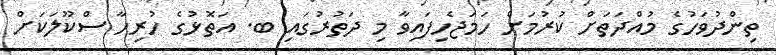
ތިންދުވަހުގެ މުއްދަތަށް ކުރުމަށް ހަމަޖެހިފައިވާ މި ދަތުރުގައި ބ. އަތޮޅުގެ ހުރިހާ ސްކޫލަކަށް